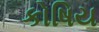
કોષિય